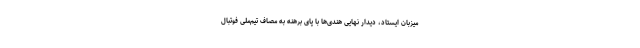
میزبان ایستاد، دیدار نهایی هندی‌ها با پای برهنه به مصاف تیم‌ملی فوتبال